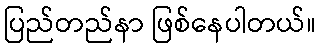
ပြည်တည်နာ ဖြစ်နေပါတယ်။